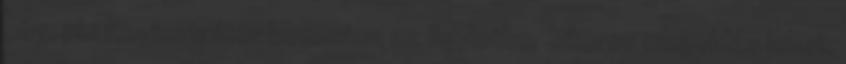
cég, pl.: Regisztrátor bevonása az ügyletbe. Sikeres megoldás lehet,